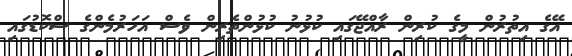
އޭގެ އިތުރުން މީގެ ކުރިން ރާއްޖޭގައި ކުޅުނު ކުޅުންތެރިން ވެސް އަހަރުމެންގެ ސްކޮޑުގައި